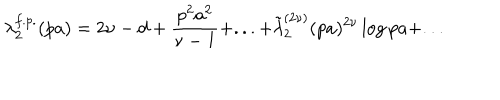
\lambda _ { 2 } ^ { f . p . } ( p a ) = 2 \nu - d + \frac { p ^ { 2 } a ^ { 2 } } { \nu - 1 } + . . . + \tilde { \lambda } _ { 2 } ^ { ( 2 \nu ) } ( p a ) ^ { 2 \nu } \log { p a } + . . .